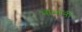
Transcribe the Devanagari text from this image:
भाभांनी